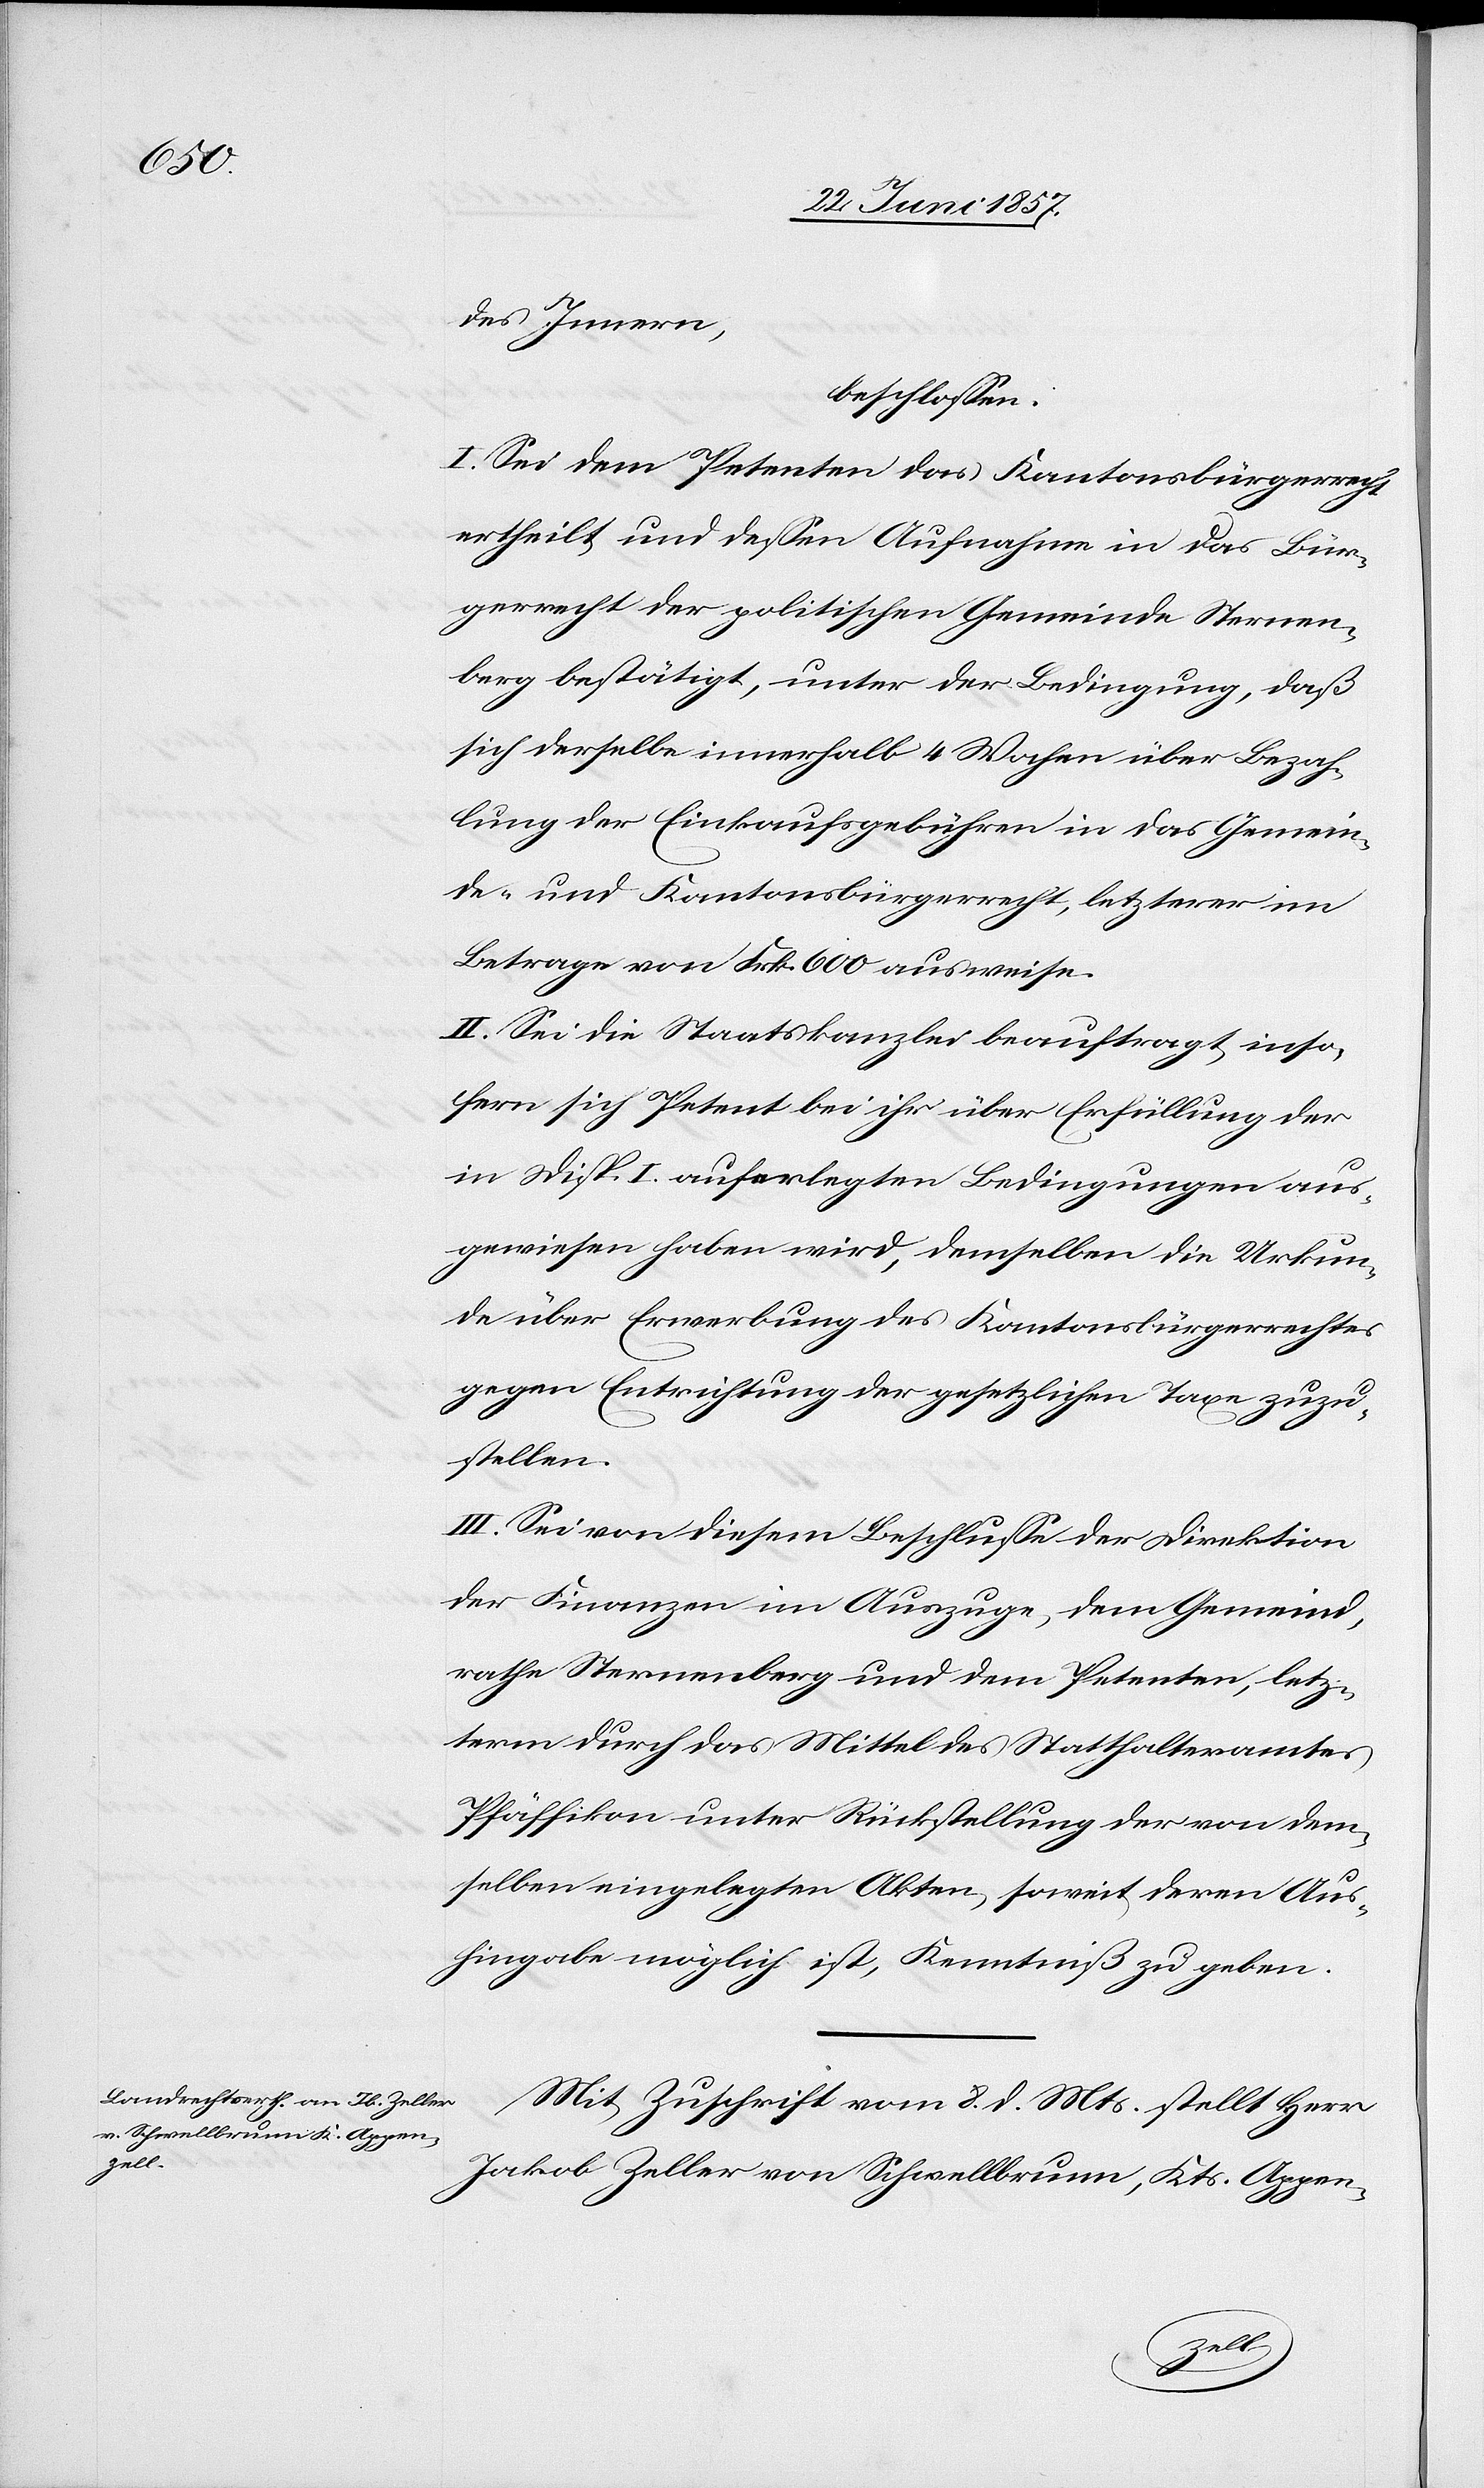
des Innern,
beschlossen:
I. Sei dem Petenten das Kantonsbürgerrecht
ertheilt und dessen Aufnahme in das Bür¬
gerrecht der politischen Gemeinde Sternen¬
berg bestätigt, unter der Bedingung, daß
sich derselbe innerhalb 4 Wochen über Bezah¬
lung der Einkaufsgebühren in das Gemein¬
de- und Kantonsbürgerrecht, letzterer im
Betrage von Frk. 600 ausweise.
II. Sei die Staatskanzlei beauftragt inso¬
fern sich Petent bei ihr über Erfüllung der
in Disp. I auferlegten Bedingungen aus¬
gewiesen haben wird, demselben die Urkun¬
de über Erwerbung des Kantonsbürgerrechtes
gegen Entrichtung der gesetzlichen Taxe zuzu¬
stellen.
III. Sei von diesem Beschlusse der Direktion
der Finanzen im Auszuge, dem Gemeind¬
rathe Sternenberg und dem Petenten, letz¬
terem durch das Mittel des Statthalteramtes
Pfäffikon unter Rückstellung der von dem¬
selben eingelegten Akten, soweit deren Aus¬
hingabe möglich ist, Kenntniß zu geben.
Mit Zuschrift vom 8 d. Mts. stellt Herr
Jakob Zeller von Schwellbrunn, Kts. Appen-